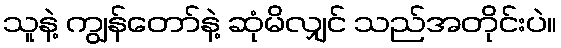
သူနဲ့ ကျွန်တော်နဲ့ ဆုံမိလျှင် သည်အတိုင်းပဲ။